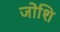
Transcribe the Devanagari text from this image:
जोशि